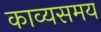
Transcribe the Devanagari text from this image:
काव्यसमय